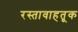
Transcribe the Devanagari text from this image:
रस्तावाहतूक